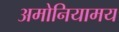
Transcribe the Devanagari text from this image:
अमोनियामय